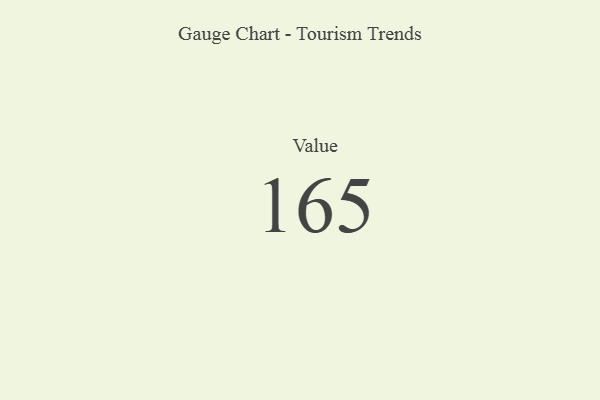
{"axis": {"x": "Metric", "y": "Value"}, "legend": [""], "data": [{"x": "Value", "y": 165, "type": ""}]}